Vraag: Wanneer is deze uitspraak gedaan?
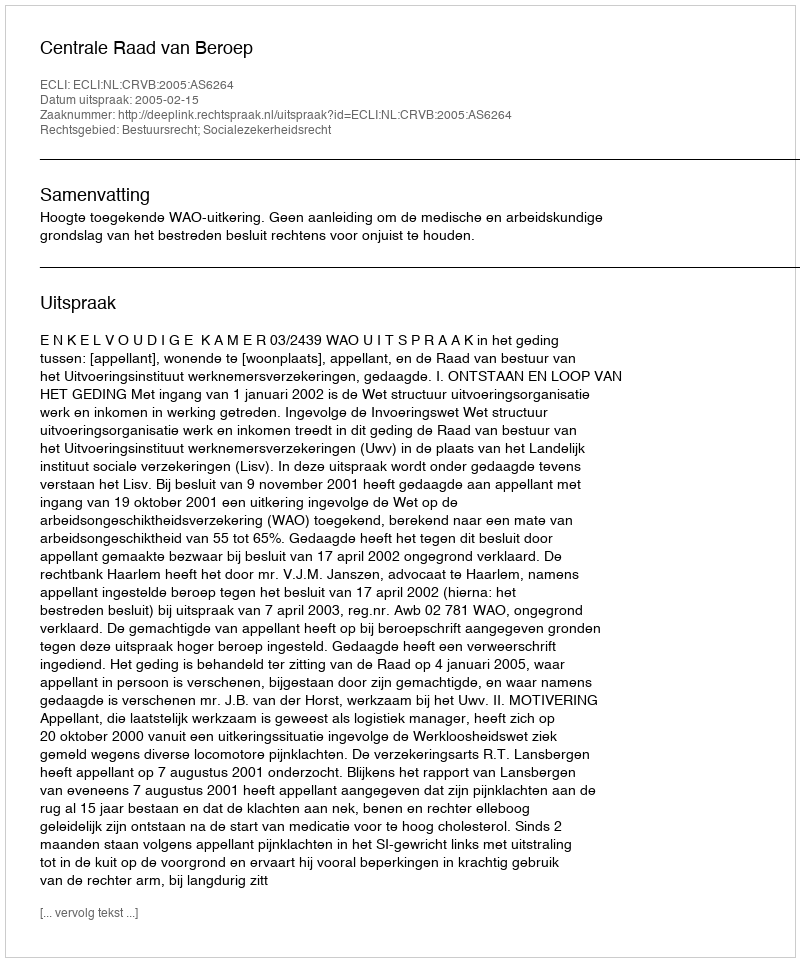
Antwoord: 2005-02-15